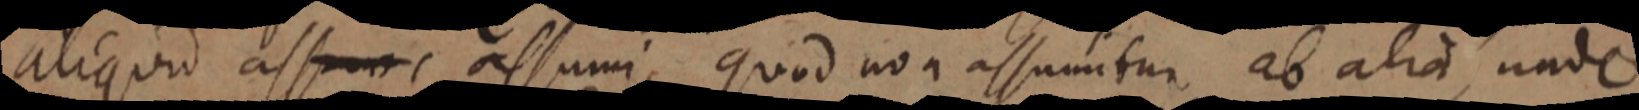
aliquid ass _, assumi, quod non assumitur ab alia, unde